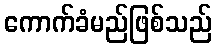
ကောက်ခံမည်ဖြစ်သည်